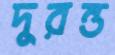
দুরন্ত